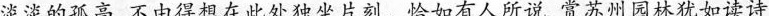
淡淡的孤高，不由得想在此处独坐片刻。恰如有人所说，赏苏州园林犹如读诗